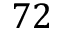
7 2